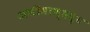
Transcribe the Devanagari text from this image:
अणीमाण्डव्य